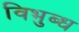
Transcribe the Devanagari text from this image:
विभुब्ध